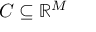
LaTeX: C \subseteq \mathbb { R } ^ { M }